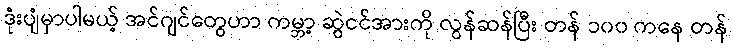
ဒုံးပျံမှာပါမယ့် အင်ဂျင်တွေဟာ ကမ္ဘာ့ ဆွဲငင်အားကို လွန်ဆန်ပြီး တန် ၁၀၀ ကနေ တန်